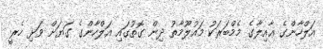
އަލްހާންގެ ޢާއިލާގެ މެމްބަރަކު މައުލޫމާތު ދިން ގޮތުގައި އަލްހާންގެ ގަޔަށް ވަޅި ހެރީ